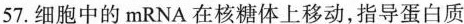
57.细胞中的mRNA在核糖体上移动，指导蛋白质